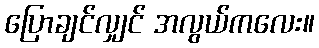
ပြောချင်လျှင် အလွယ်ကလေး။